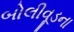
બોલીવૂડના